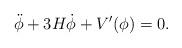
LaTeX: \begin{align*}\ddot{\phi} + 3H\dot{\phi} + V'(\phi) = 0.\end{align*}